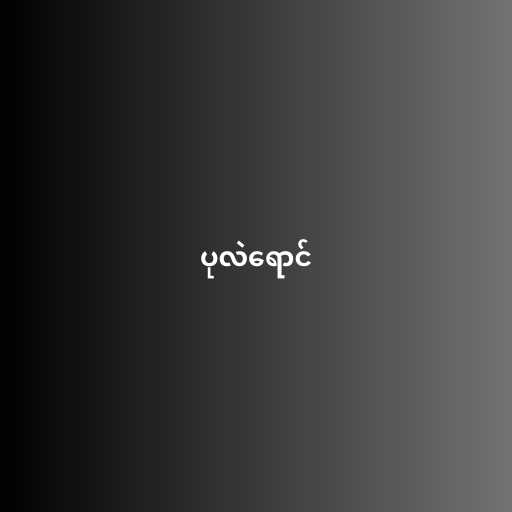
ပုလဲရောင်